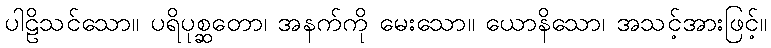
ပါဠိသင်သော။ ပရိပုစ္ဆတော၊ အနက်ကို မေးသော။ ယောနိသော၊ အသင့်အားဖြင့်။